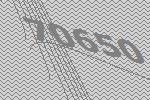
70650